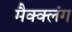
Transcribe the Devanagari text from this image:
मैक्क्लंग